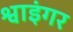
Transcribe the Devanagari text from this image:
श्वाइंगर